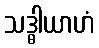
သဒ္ဓါယာဟံ